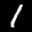
Label: 1